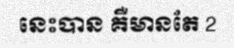
នេះបាន គឺមានតែ 2